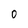
Character: 0